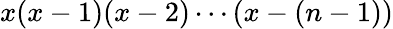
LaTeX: x(x-1)(x-2)\cdots(x-(n-1))